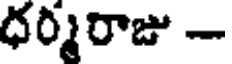
ధర్మరాజు -